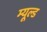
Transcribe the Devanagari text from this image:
म्यूल्ड